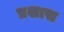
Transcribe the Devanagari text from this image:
प्रशास